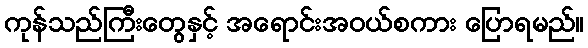
ကုန်သည်ကြီးတွေနှင့် အရောင်းအဝယ်စကား ပြောရမည်။